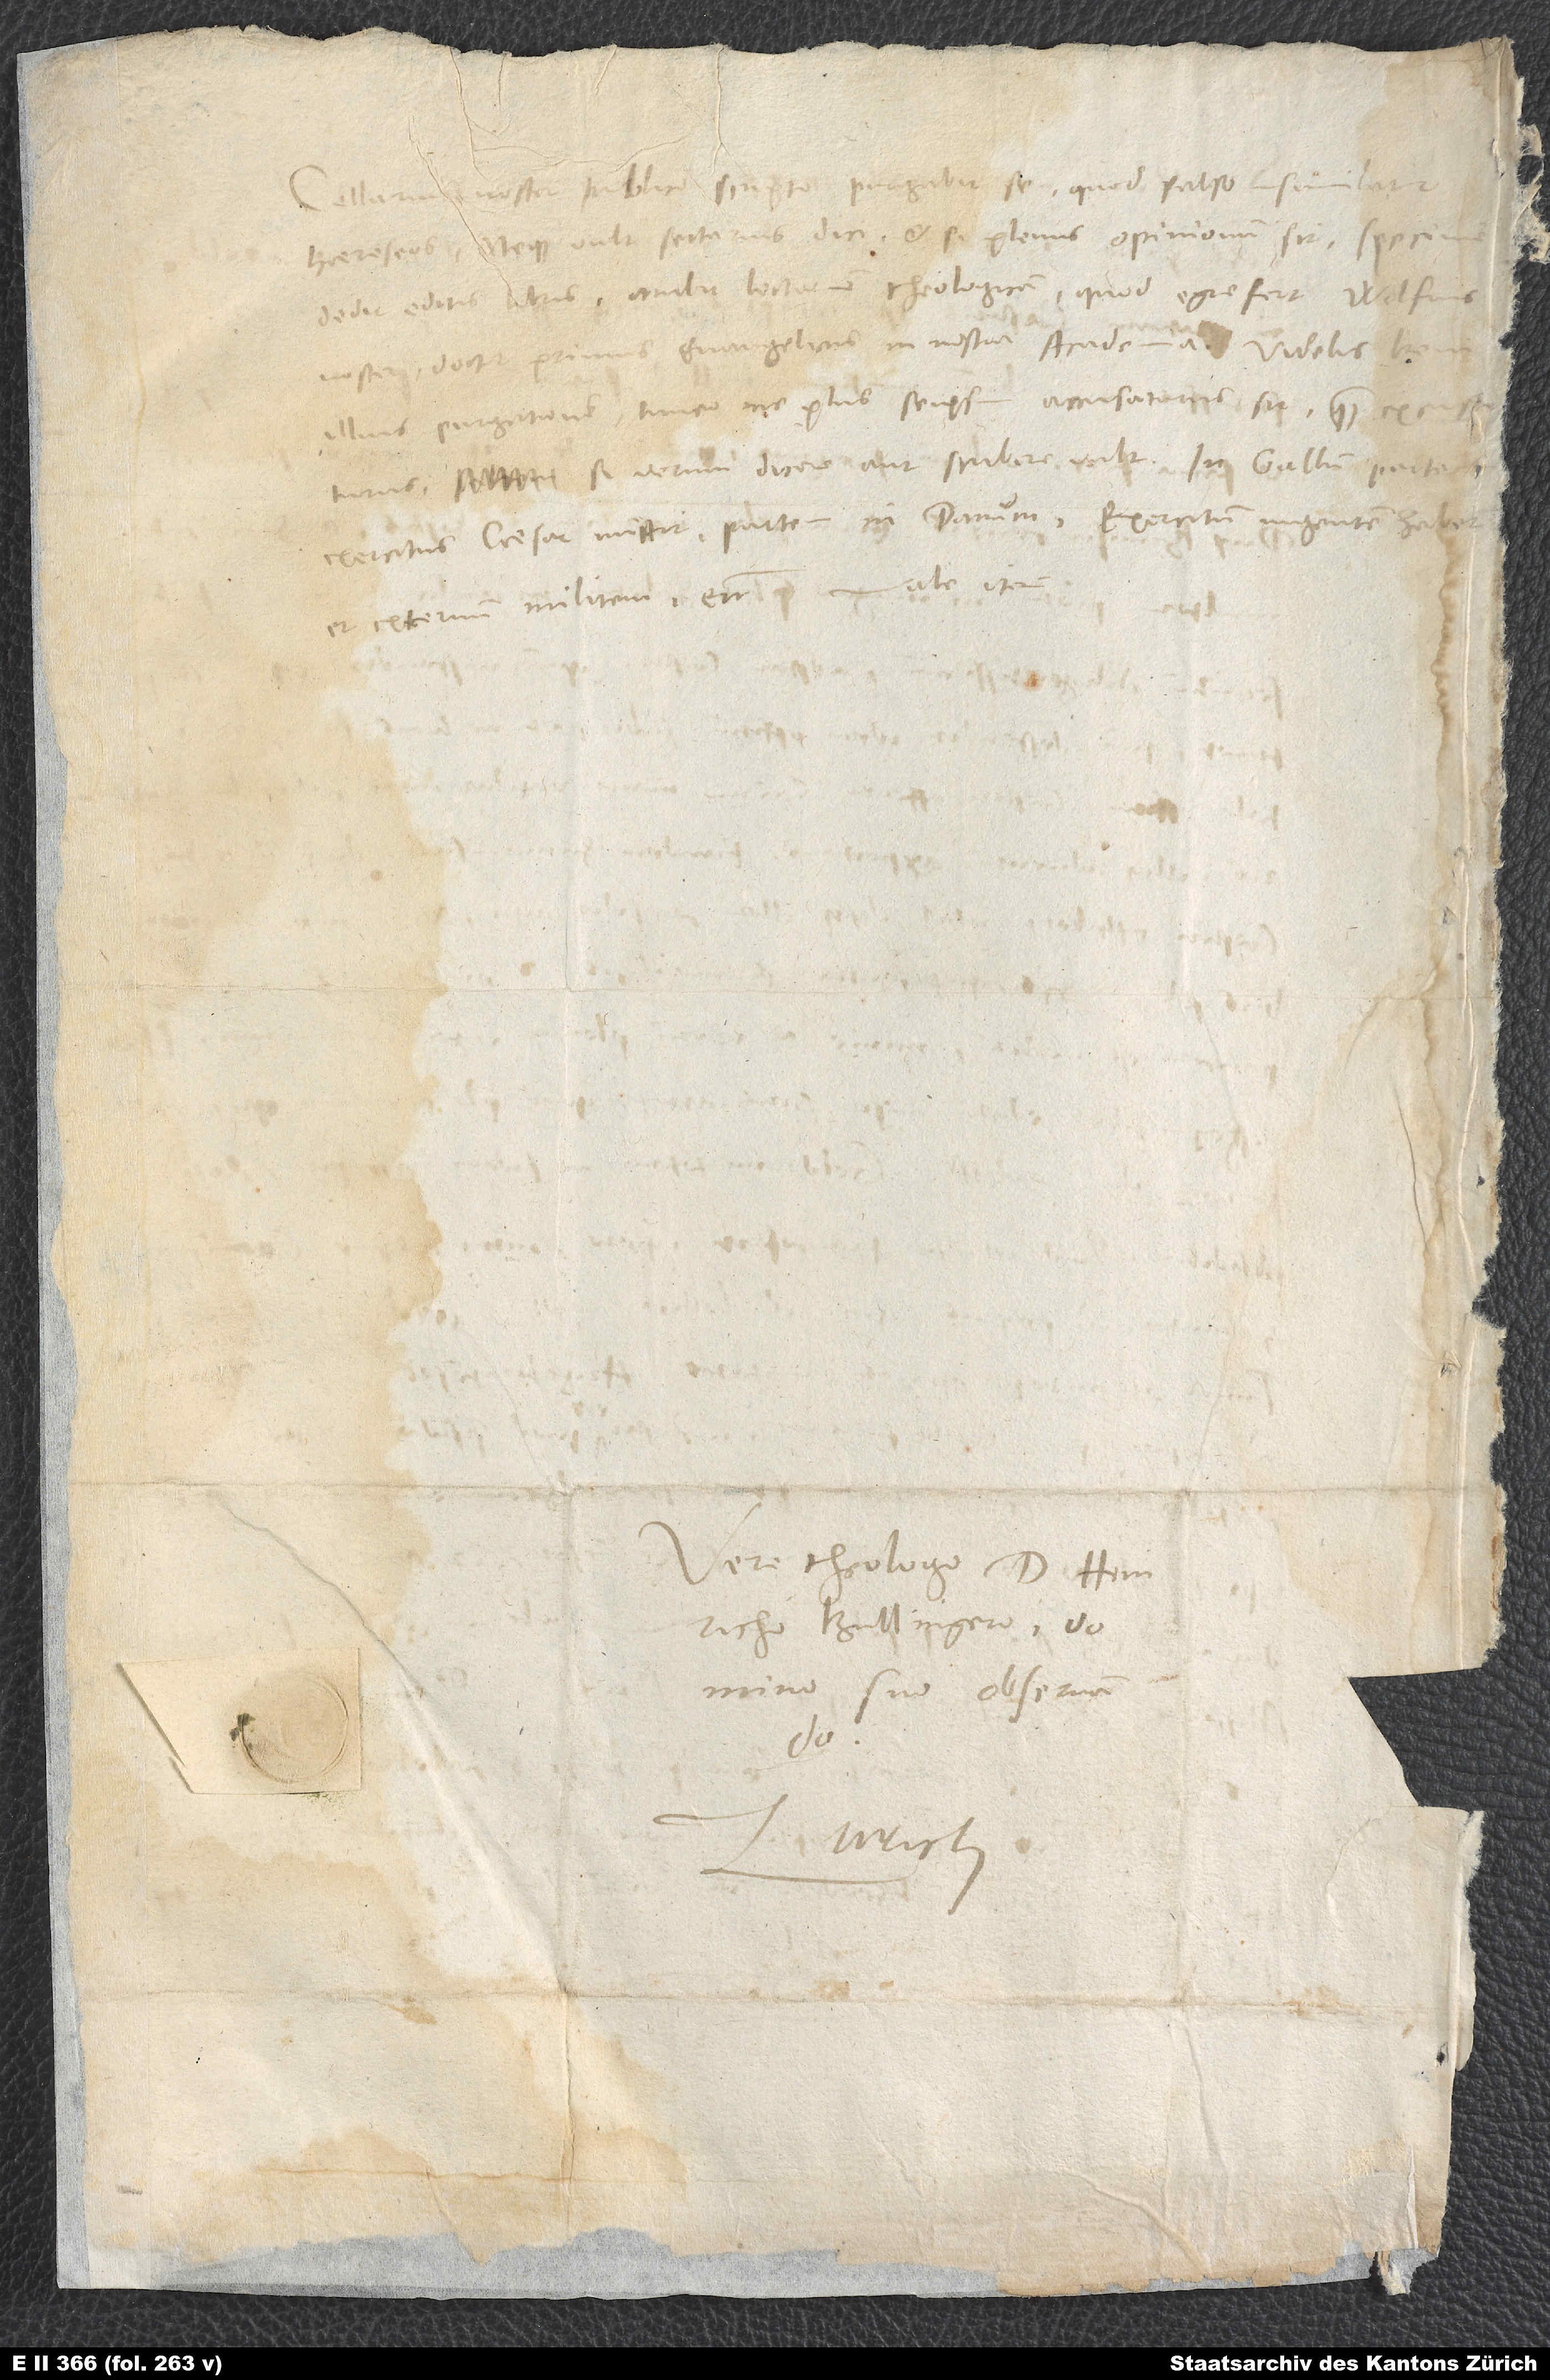
noster publico scripto purgabit se, quod falso insimulatur
haereseos neque vult sectarius dici, et si plenus opinionum sit; specimen
dedit editis libris. Ambit lectionem theologicam, quod egre fert Wolfius
doctor primus evangelicus in nostra academia. Videbis brevi
illius purgationem; timeo, ne plus seipsum accusaturus sit quam excusaturus,
exercitus caesar mittit, partem in Danum; exercitum ingentem habet
et externum militem etc.
Vero theologo d. Heinricho
Bullingero, domino
suo observando.
Zurich.